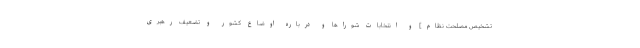
تشخیص مصلحت نظام] و انتخابات شوراها و درباره اوضاع كشور و تضعیف رهبرى